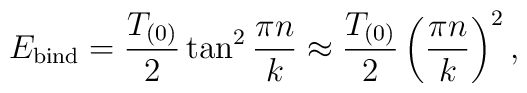
E_{\rm bind} = {T_{(0)}\over 2} \tan^2{\pi n\over k}\approx{T_{(0)}\over 2} \left({\pi n\over k} \right)^2,